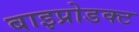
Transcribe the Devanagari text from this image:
बाइप्रोडक्ट